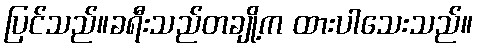
ပြင်သည်။ခရီးသည်တချို့က ထားပါသေးသည်။